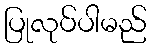
ပြုလုပ်ပါမည်